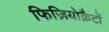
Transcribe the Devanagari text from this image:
फिज़ियोक्रैटों